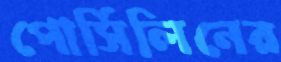
পোর্সিলিনের